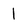
Character: 1